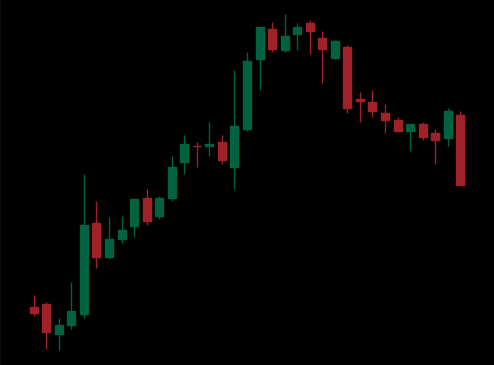
Pattern: bear_flag